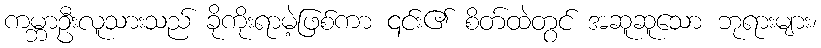
ကမ္ဘာဦးလူသားသည် ခိုကိုးရာမဲ့ဖြစ်ကာ ၎င်း၏ စိတ်ထဲတွင် အဆူဆူသော ဘုရားများ၊